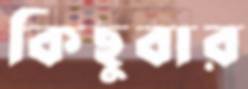
কিছুবার